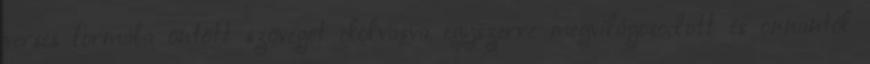
verses formába öntött szöveget elolvasva egyszerre megvilágosodott és onnantól